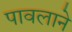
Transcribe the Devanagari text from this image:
पावलाने